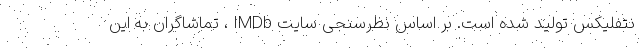
نتفلیکس تولید شده است. بر اساس نظرسنجی سایت IMDb ، تماشاگران به این